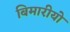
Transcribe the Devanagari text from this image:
बिमारीयो